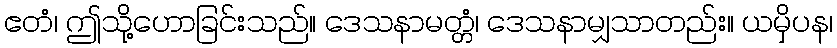
ဧတံ၊ ဤသို့ဟောခြင်းသည်။ ဒေသနာမတ္တံ၊ ဒေသနာမျှသာတည်း။ ယမှိပန၊